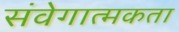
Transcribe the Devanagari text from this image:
संवेगात्मकता